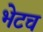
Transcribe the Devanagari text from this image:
भेटच